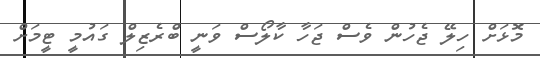
މޮޅަށް ހިލޭ ޖެހުން ވެސް ޖަހާ ކާލޯސް ވަނީ ބްރެޒިލް ގައުމީ ޓީމަށް